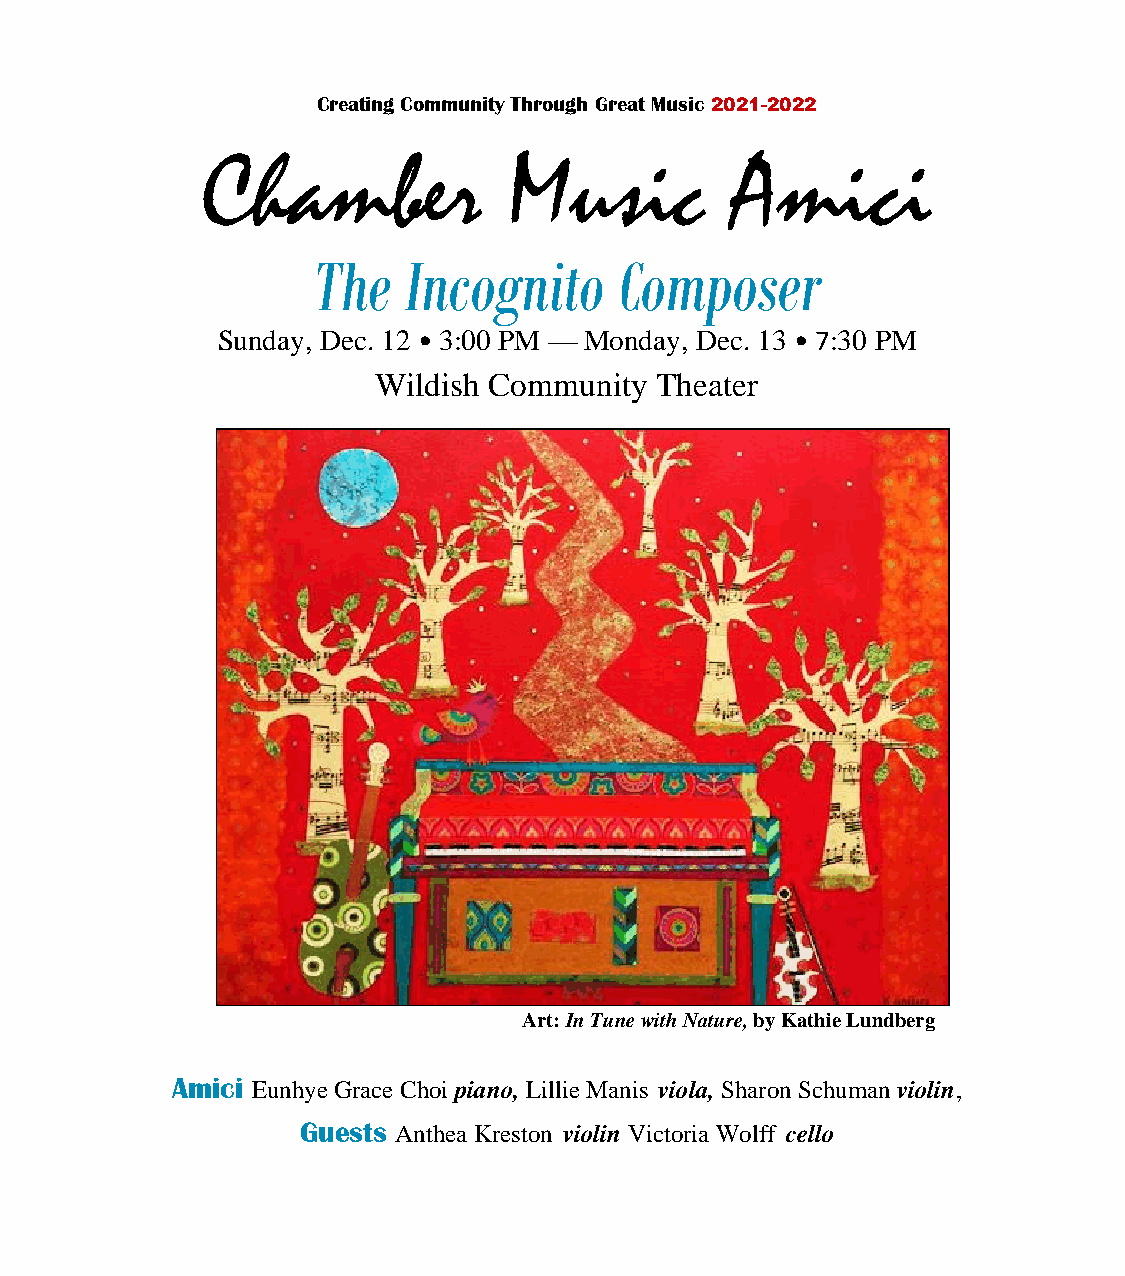
Creating Community Through Great Music 2021-2022
 Chamber              Music         Amici
 The   Incognito     Composer
 Sunday, Dec. 12 • 3:00 PM — Monday, Dec. 13 • 7:30 PM
 Wildish Community Theater
 Art: In Tune with Nature, by Kathie Lundberg
 Amici Eunhye Grace Choi piano, Lillie Manis viola, Sharon Schuman violin,
 Guests Anthea Kreston violin Victoria Wolff cello